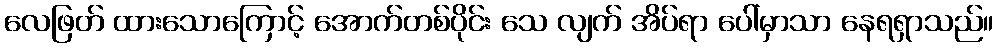
လေဖြတ် ထားသောကြောင့် အောက်တစ်ပိုင်း သေ လျက် အိပ်ရာ ပေါ်မှာသာ နေရရှာသည်။